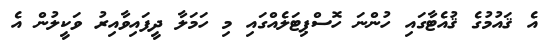
އެ ޤައުމުގެ ޤުއެޓާގައި ހުންނަ ހޮސްޕިޓަލެއްގައި މި ހަމަލާ ދީފައިވާއިރު ވަކީލުން އެ